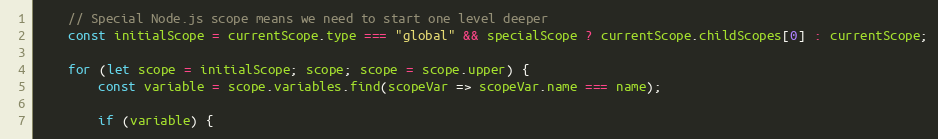
Language: JavaScript
    // Special Node.js scope means we need to start one level deeper
    const initialScope = currentScope.type === "global" && specialScope ? currentScope.childScopes[0] : currentScope;

    for (let scope = initialScope; scope; scope = scope.upper) {
        const variable = scope.variables.find(scopeVar => scopeVar.name === name);

        if (variable) {